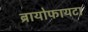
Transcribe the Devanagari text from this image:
ब्रायोफायटा